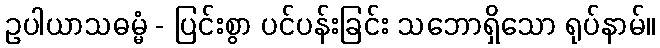
ဥပါယာသဓမ္မံ - ပြင်းစွာ ပင်ပန်းခြင်း သဘောရှိသော ရုပ်နာမ်။